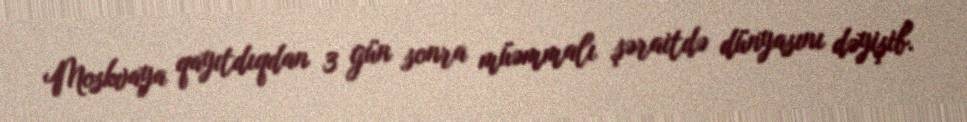
Moskvaya qayıtdıqdan 3 gün sonra müəmmalı şəraitdə dünyasını dəyişib.